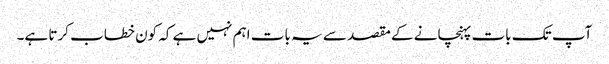
آپ تک بات پہنچانے کے مقصد سے یہ بات اہم نہیں ہے کہ کون خطاب کرتا ہے۔